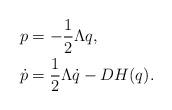
LaTeX: \begin{align*}p &= -\frac{1}{2} \Lambda q, \\\dot p &=\frac{1}{2} \Lambda \dot q - DH(q).\end{align*}